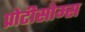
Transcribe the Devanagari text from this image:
प्रोटीसोम्स